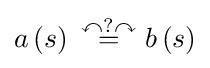
a\left(s\right)~{\overset {\curvearrowleft ?\curvearrowright }{=}}~b\left(s\right)